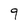
Character: 9